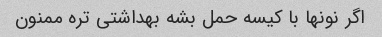
اگر نونها با کیسه حمل بشه بهداشتی تره ممنون